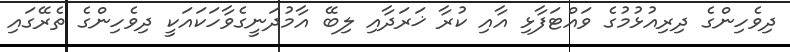
ދިވެހިންގެ ދިރިއުޅުމުގެ ވައްޓަފާޅި އާއި ކުރާ ޚަރަދާއި ލިބޭ އާމުދަނީގެވާހަކައަކީ ދިވެހިންގެ ތެރޭގައި